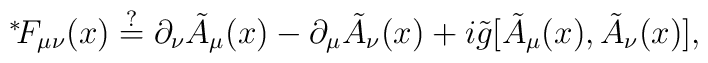
\mbox{\mbox{}$^*\!$} F_{\mu\nu}(x) \stackrel{?}{=} \partial_\nu\tilde{A}_\mu(x) -\partial_\mu \tilde{A}_\nu(x) +i\tilde{g}[\tilde{A}_\mu(x),\tilde{A}_\nu(x)],